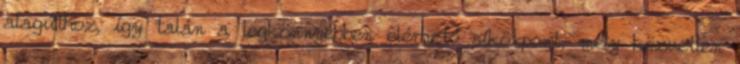
alagúthoz, így talán a legkönnyebben elérhető síközpont, mely közvetlen